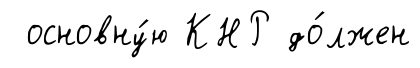
основну́ю КНР до́лжен